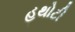
હથોટી